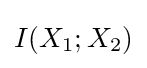
I(X_{1};X_{2})